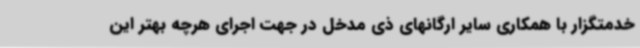
خدمتگزار با همکاری سایر ارگانهای ذی مدخل در جهت اجرای هرچه بهتر این